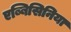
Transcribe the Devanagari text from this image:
एब्बिसिनिया